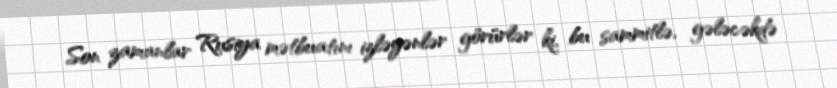
Son zamanlar Rusiya mətbuatını izləyənlər görürlər ki, bu sammitlə, gələcəkdə